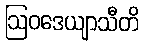
ဩဝဒေယျာသီတိ